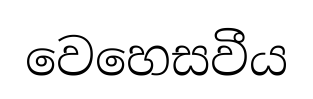
වෙහෙසවීය